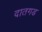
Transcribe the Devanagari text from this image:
दातगड